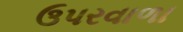
ઉપરવાળા